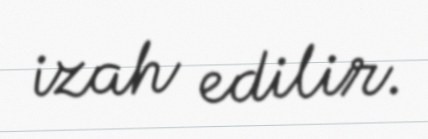
izah edilir.